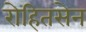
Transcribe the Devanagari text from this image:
रोहितसेन